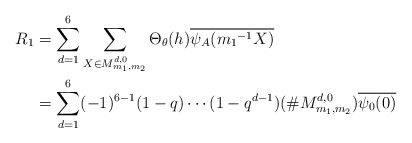
\begin{align*} R_1&=\sum_{d=1}^{6}\sum_{ X \in M_{m_{1},m_{2}}^{ d,0}}\Theta_{\theta}(h)\overline{\psi_A({m_1}^{-1}X)}\\&= \sum_{d=1}^{6}(-1)^{6-1}(1-q) \cdots (1-q^{d-1})(\# M_{m_{1},m_{2}}^{ d,0})\overline{\psi_0(0)} \end{align*}